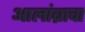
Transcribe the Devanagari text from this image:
आलांब्राचा